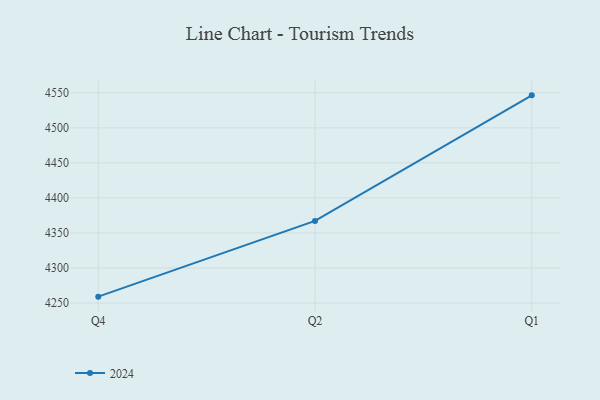
{"axis": {"x": "Quarter", "y": "Active Users"}, "legend": ["2024"], "data": [{"x": "Q4", "y": 4259.1, "type": "2024"}, {"x": "Q2", "y": 4367.2, "type": "2024"}, {"x": "Q1", "y": 4546.3, "type": "2024"}]}